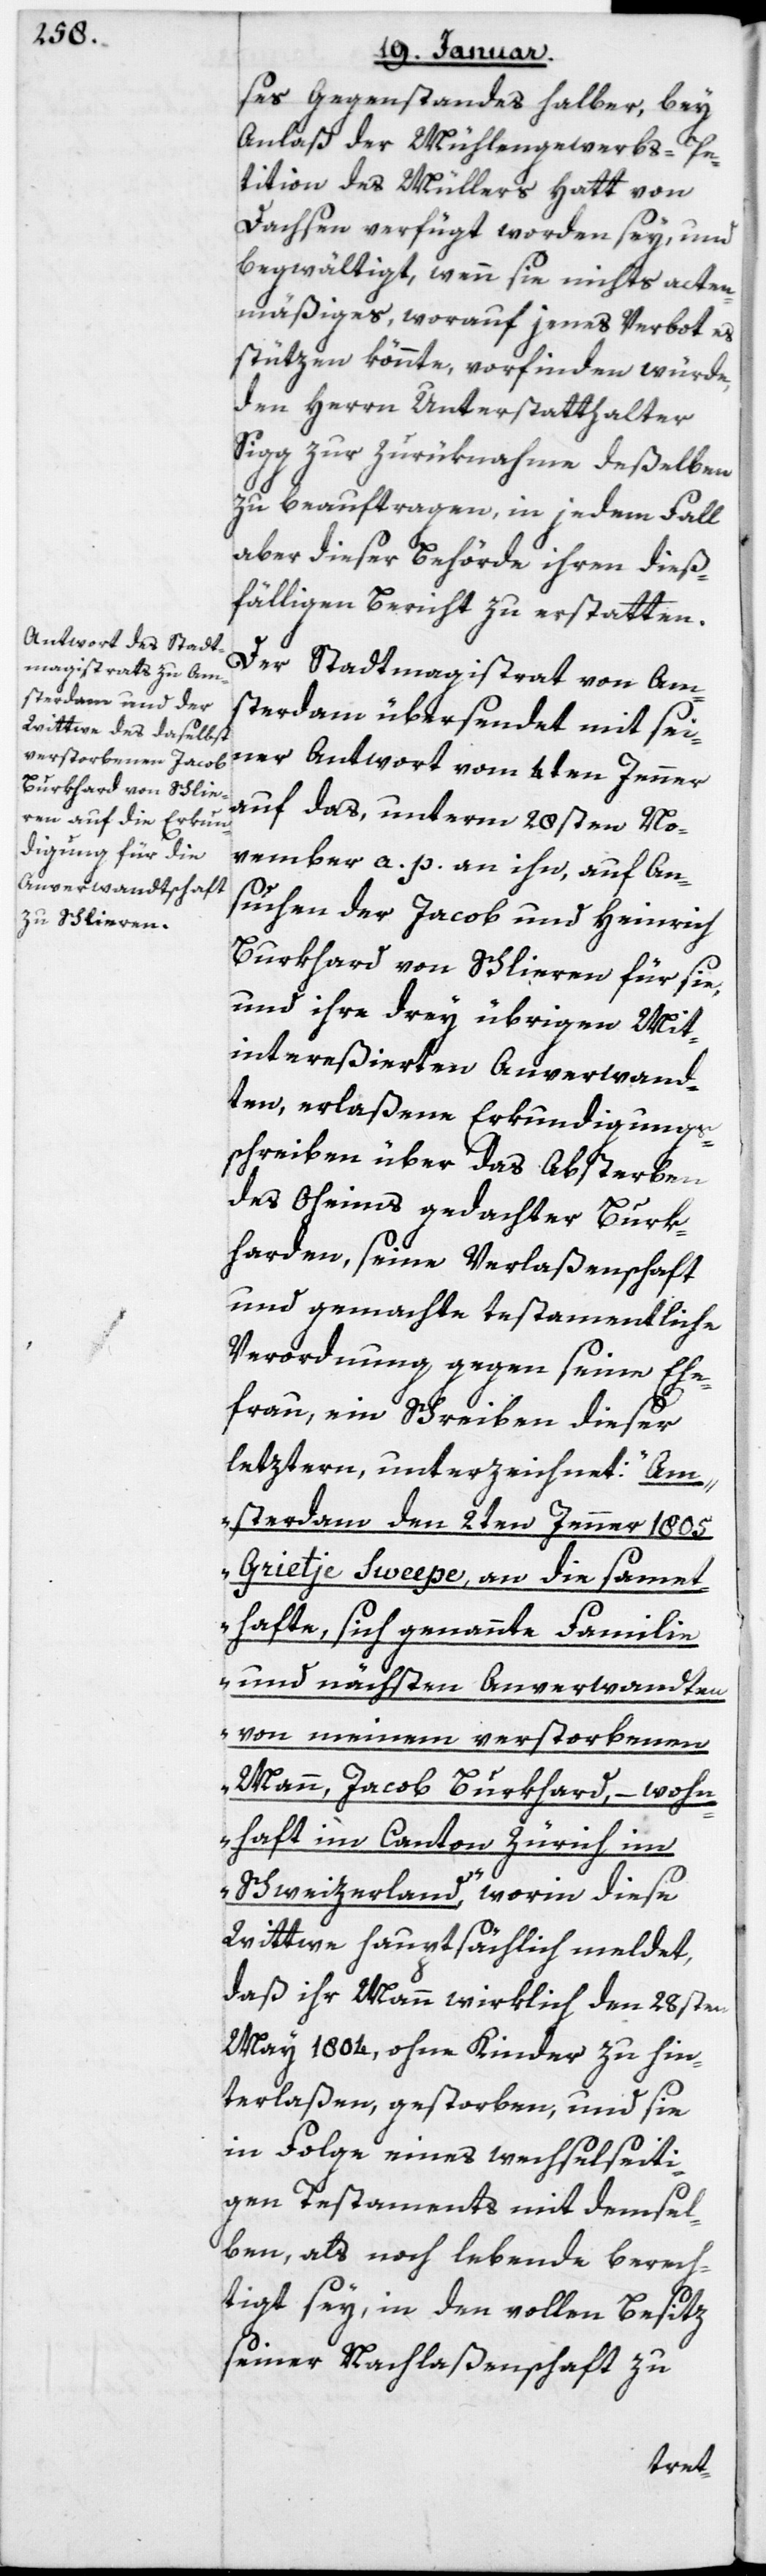
ses Gegenstandes halber, bey
Anlaß der Mühlengewerbs-Pe¬
tition des Müllers Hatt von
Dachsen verfügt worden sey, und
begwältigt, wenn sie nichts acten¬
mäßiges, worauf jenes Verbot es
stützen könnte, vorfinden würde,
den Herrn Unterstatthalter
Sigg zur Zurüknahme deßelben
zu beauftragen, in jedem Fall
aber dieser Behörde ihren dieß¬
fälligen Bericht zu erstatten.
Der Stadtmagistrat von Am¬
sterdam übersendet mit sei¬
ner Antwort vom 4ten Jenner
auf das, unterm 28sten No¬
vember a. p. an ihn, auf An¬
suchen der Jacob und Heinrich
Burkhard von Schlieren für sie
und ihre drey übrigen mit¬
intereßierten Anverwand¬
ten, erlaßene Erkundigungs¬
schreiben über das Absterben
des Oheims gedachter Burk¬
harden, seine Verlaßenschaft
und gemachte testamentliche
Verordnung gegen seine Ehe¬
frau, ein Schreiben dieser
letztern, unterzeichnet: „Am¬
sterdam den 2ten Jenner 1805,
Grietje Sweepe, an die samet¬
hafte, sich genannte Familie
und nächsten Anverwandten
von meinem verstorbenen
Mann, Jacob Burkhard, – wohn¬
haft im Canton Zürich im
Schweizerland“, worin diese
Wittwe hauptsächlich meldet,
daß ihr Mann wirklich den 28sten
May 1804, ohne Kinder zu hin¬
terlaßen, gestorben, und sie
in Folge eines wechselseiti¬
gen Testaments mit demsel¬
ben, als noch Lebende berech¬
tigt sey, in den vollen Besitz
seiner Nachlaßenschaft zu